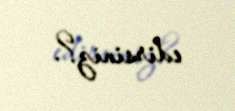
edirsiniz?.